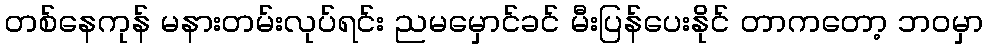
တစ်နေကုန် မနားတမ်းလုပ်ရင်း ညမမှောင်ခင် မီးပြန်ပေးနိုင် တာကတော့ ဘဝမှာ